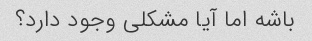
باشه اما آیا مشکلی وجود دارد؟